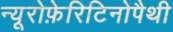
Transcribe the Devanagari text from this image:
न्यूरोफ़ेरिटिनोपैथी